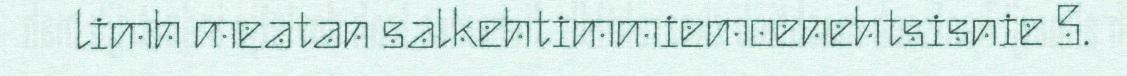
limh meatan salkehtimmiemoenehtsisnie 5.